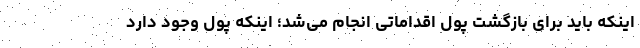
اینکه باید برای بازگشت پول اقداماتی انجام می‌شد؛ اینکه پول وجود دارد